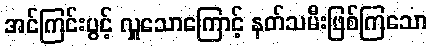
အင်ကြင်းပွင့် လှူသောကြောင့် နတ်သမီးဖြစ်ကြသော